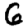
Digit: 6